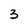
Character: 3